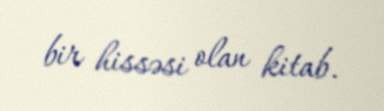
bir hissəsi olan kitab.